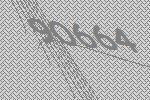
90664